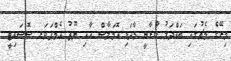
މިރޭގެ މެޗުގައި ބައްދަލުު ކުރާނީ މާދަޑި އޮމަލާސް އާއި ޔޫތު އެމްޕަވަރ ސޮސައިޓީ